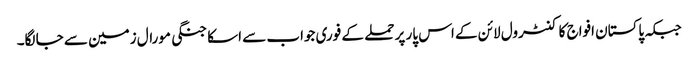
جبکہ پاکستان افواج کا کنٹرول لائن کے اس پار پر حملے کے فوری جواب سے اسکا جنگی مورال زمین سے جا لگا۔